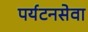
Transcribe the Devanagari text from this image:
पर्यटनसेवा